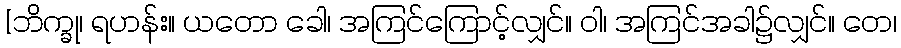
[ဘိက္ခု၊ ရဟန်း။ ယတော ခေါ၊ အကြင်ကြောင့်လျှင်။ ဝါ၊ အကြင်အခါ၌လျှင်။ တေ၊